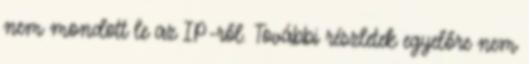
nem mondott le az IP-ről. További részletek egyelőre nem